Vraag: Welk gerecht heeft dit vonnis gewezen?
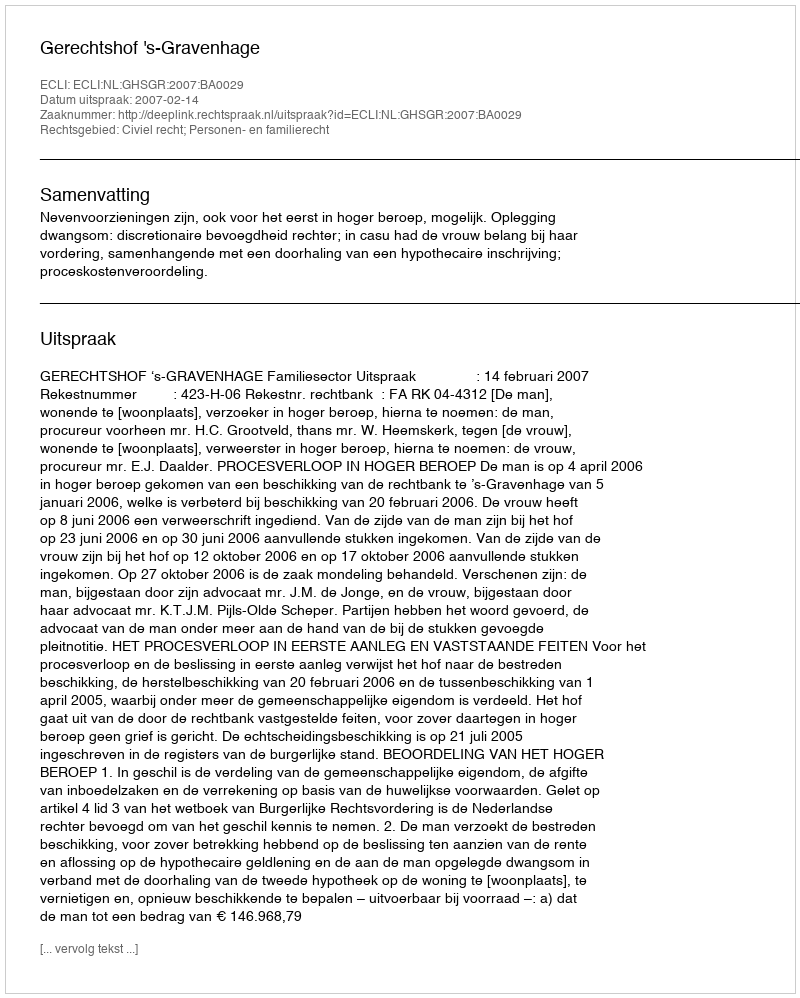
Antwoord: Gerechtshof 's-Gravenhage